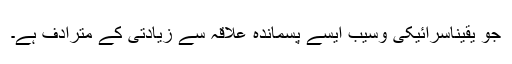
جو یقیناًسرائیکی وسیب ایسے پسماندہ علاقہ سے زیادتی کے مترادف ہے۔